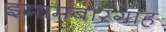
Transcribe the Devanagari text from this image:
इमामबारगाह